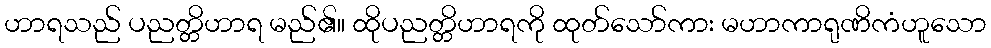
ဟာရသည် ပညတ္တိဟာရ မည်၏။ ထိုပညတ္တိဟာရကို ထုတ်သော်ကား မဟာကာရုဏိကံဟူသော